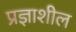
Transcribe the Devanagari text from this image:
प्रज्ञाशील